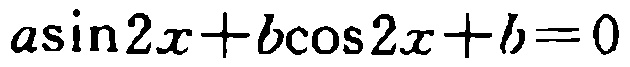
\(a\sin2x + b\cos2x + b = 0\)